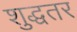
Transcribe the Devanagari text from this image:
शुद्धतर